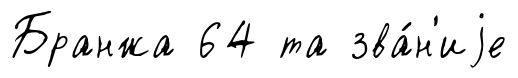
Бранжа 64 та зва́н'иjе